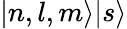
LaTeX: |n,l,m\rangle|s\rangle